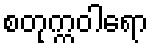
စတုက္ကဝါရော